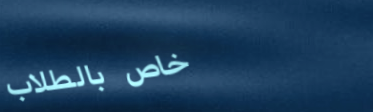
خاص بالطلاب